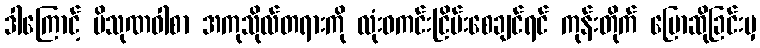
ဒါကြောင့် ပိသုဏဝါစာ အကုသိုလ်တရားကို လုံးဝကင်းငြိမ်းစေချင်ရင် ကုန်းတိုက် ပြောဆိုခြင်းမှ